Annual report on the mental hospital in the Central Provinces and Berar (Nagpur) - 1927-1951
Year: 1927
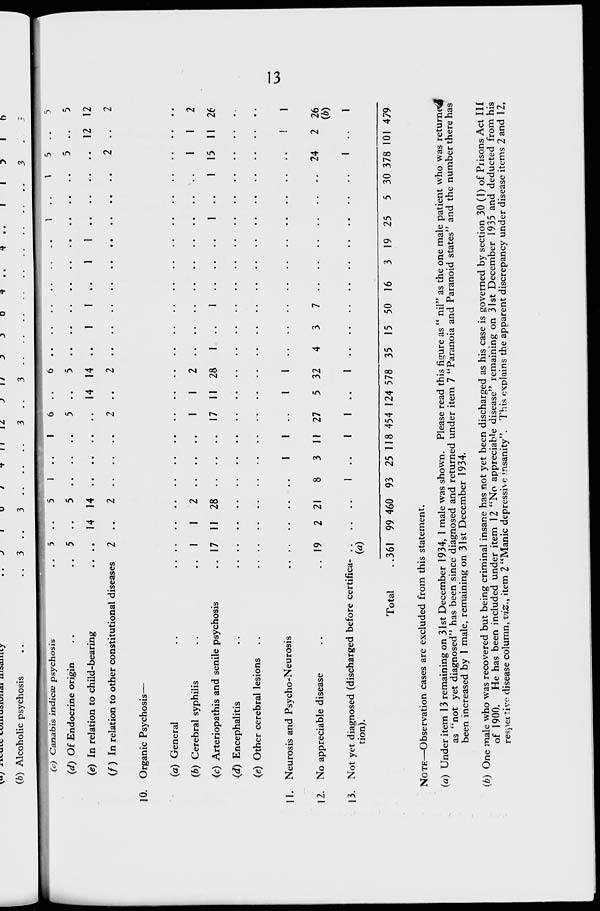
13
(c) Canabis indicæ psychosis ..
(d) Of Endocrine origin .. ..
(e) In relation to child-bearing ..
(f) In relation to other constitutional diseases
10. Organic Psychosis—
(a) General .. ..
(b) Cerebral syphilis .. ..
(c) Arteriopathis and senile psychosis ..
(d) Encephalitis .. ..
(e) Other cerebral lesions .. ..
11. Neurosis and Psycho-Neurosis ..
12. No appreciable disease .. ..
13. Not yet diagnosed (discharged before certifica-
tion).
Total
..
5
5
..
2
..
1
17
..
..
..
19
..
(a)
361
..
..
14
..
..
1
11
..
..
..
2
..
99
5
5
14
2
..
2
28
..
..
..
21
..
460
1
..
..
..
..
..
..
..
..
..
8
1
93
..
..
..
..
..
..
..
..
..
1
3
..
25
1
..
..
..
..
..
..
..
..
1
11
1
118
6
5
..
2
..
1
17
..
..
..
27
1
454
..
..
14
..
..
1
11
..
..
1
5
..
124
6
5
14
2
..
2
28
..
..
1
32
1
578
..
..
..
..
..
..
1
..
..
..
4
..
35
..
..
1
..
..
..
..
..
..
..
3
..
15
..
..
1
..
..
..
1
..
..
..
7
..
50
..
..
..
..
..
..
..
..
..
..
..
..
16
..
..
1
..
..
..
..
..
..
..
..
..
3
..
..
1
..
..
..
..
..
..
..
..
..
19
1
..
..
..
..
..
1
..
..
..
..
..
25
..
..
..
..
..
..
..
..
..
..
..
..
5
1
..
..
..
..
..
1
..
..
..
..
..
30
5
5
..
2
..
1
15
..
..
..
24
1
378
..
..
12
..
..
1
11
..
..
1
2
..
101
5
5
12
2
..
2
26
..
..
1
26
(b)
1
479
NOTE—Observation cases are excluded from this statement.
(a) Under item 13 remaining on 31st December 1934, 1 male was shown. Please read this figure as "nil" as the one male patient who was returne
as "not yet diagnosed" has been since diagnosed and returned under item 7 "Paranoia and Paranoid states" and the number there has
been increased by 1 male, remaining on 31st December 1934.
(b) One male who was recovered but being criminal insane has not yet been discharged as his case is governed by section 30 (1) of Prisons Act III
of 1900. He has been included under item 12 "No appreciable disease" remaining on 31st December 1935 and deducted from his
respective disease column, viz., item 2 "Manic depressive insanity". This explains the apparent discrepancy under disease items 2 and 12,